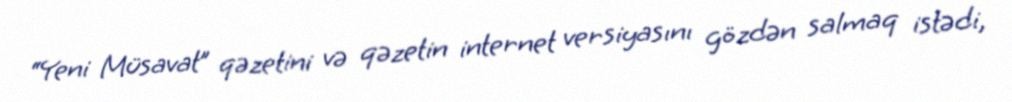
“Yeni Müsavat” qəzetini və qəzetin internet versiyasını gözdən salmaq istədi,